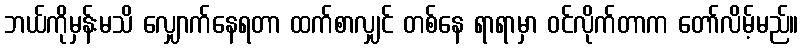
ဘယ်ကိုမှန်းမသိ လျှောက်နေရတာ ထက်စာလျှင် တစ်နေ ရာရာမှာ ဝင်လိုက်တာက တော်လိမ့်မည်။